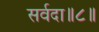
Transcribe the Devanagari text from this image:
सर्वदा॥८॥